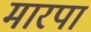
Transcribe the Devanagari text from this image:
मारपा